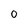
Character: 0